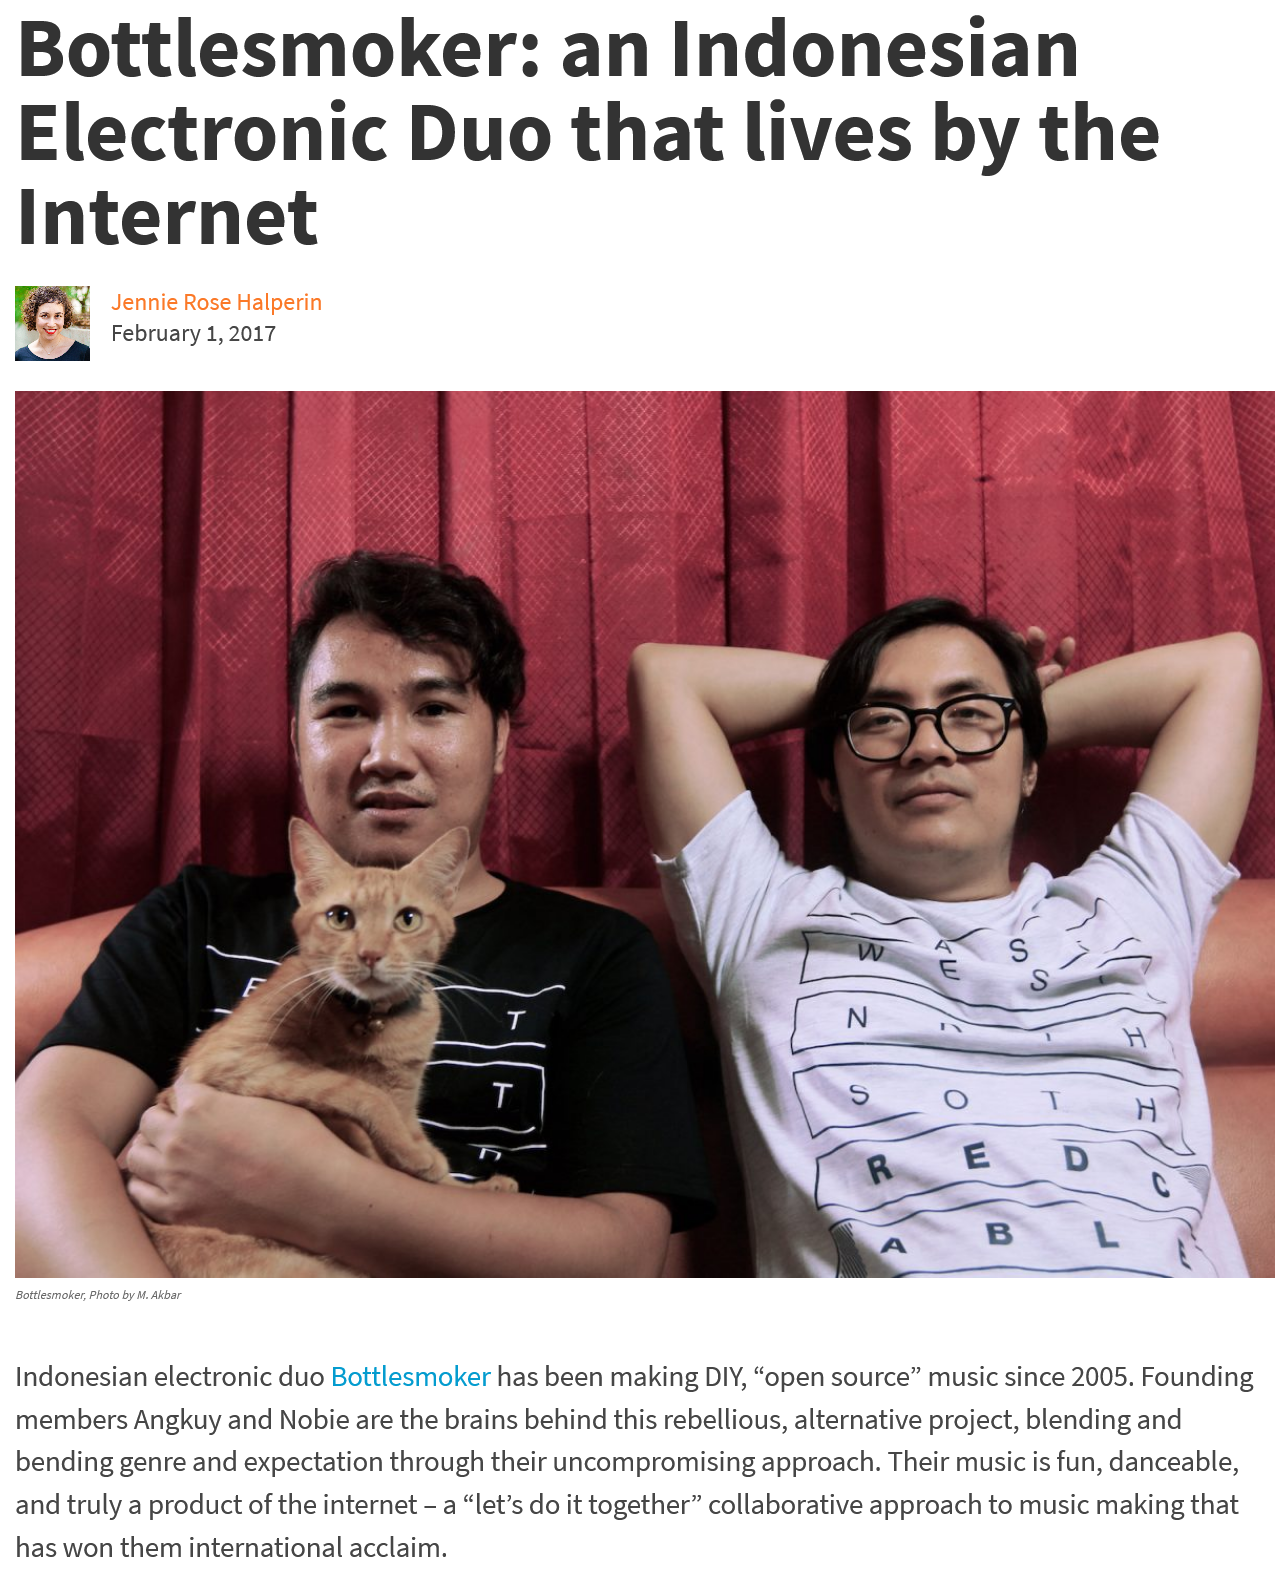
Bottlesmoker:    an    Indonesian
  Electronic    Duo    that    lives    by    the
  Internet
     Jennie Rose Halperin
     February 1, 2017
  Indonesian electronic duo Bottlesmoker has been making DIY, “open source” music since 2005. Founding
  members Angkuy and Nobie are the brains behind this rebellious, alternative project, blending and
  bending genre and expectation through their uncompromising approach. Their music is fun, danceable,
  and truly a product of the internet
     - a “let’s do it together” collaborative approach to music making that
  has won them international acclaim.